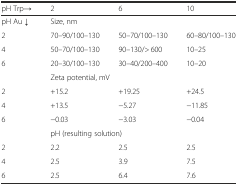
<table><thead><tr><td><b>pH Trp→</b></td><td><b>2</b></td><td><b>6</b></td><td><b>10</b></td></tr></thead><tbody><tr><td>pH Au ↓</td><td colspan="3">Size, nm</td></tr><tr><td>2</td><td>70–90/100–130</td><td>50–70/100–130</td><td>60–80/100–130</td></tr><tr><td>4</td><td>50–70/100–130</td><td>90–130/&gt; 600</td><td>10–25</td></tr><tr><td>6</td><td>20–30/100–130</td><td>30–40/200–400</td><td>10–20</td></tr><tr><td></td><td colspan="3">Zeta potential, mV</td></tr><tr><td>2</td><td>+15.2</td><td>+19.25</td><td>+24.5</td></tr><tr><td>4</td><td>+13.5</td><td>−5.27</td><td>−11.85</td></tr><tr><td>6</td><td>−0.03</td><td>−3.03</td><td>−0.04</td></tr><tr><td></td><td colspan="3">pH (resulting solution)</td></tr><tr><td>2</td><td>2.2</td><td>2.5</td><td>2.5</td></tr><tr><td>4</td><td>2.5</td><td>3.9</td><td>7.5</td></tr><tr><td>6</td><td>2.5</td><td>6.4</td><td>7.6</td></tr></tbody></table>